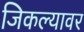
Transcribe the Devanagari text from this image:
जिकल्यावर